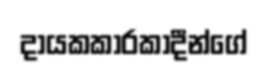
දායකකාරකාදීන්ගේ